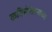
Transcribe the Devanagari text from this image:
कविसंमेलनाच्या